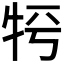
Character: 𤙀